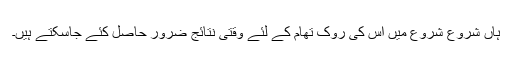
ہاں شروع شروع میں اس کی روک تھام کے لئے وقتی نتائج ضرور حاصل کئے جاسکتے ہیں۔